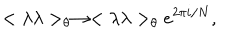
< \lambda \lambda > _ { \theta } \rightarrow < \lambda \lambda > _ { \theta } e ^ { 2 \pi i / N } ,